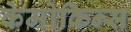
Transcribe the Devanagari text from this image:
केमोकिन्स